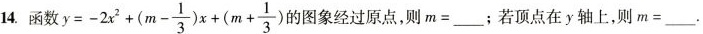
14函数 $$y=- 2 x ^ { 2 } + ( m- \frac{1} { 3 } ) x + ( m + \frac { 1 } { 3 } )$$ 的图象经过原点，则m=___；若顶点在y轴上，则m=___.